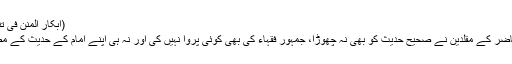
(ابکار المنن فی تنقید اٰثار السنن ،ص:۷۷)
میں کہتا ہوں کہ دور حاضر کے مقلدین نے صحیح حدیث کو بھی نہ چھوڑا، جمہور فقہاء کی بھی کوئی پروا نہیں کی اور نہ ہی اپنے امام کے حدیث کے مطابق قول کو اختیار کیا۔